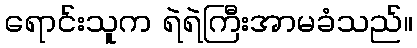
ရောင်းသူက ရဲရဲကြီးအာမခံသည်။